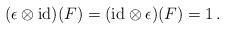
LaTeX: \begin{align*}(\epsilon \otimes{\rm id})(F)=({\rm id}\otimes\epsilon )(F)=1\,.\end{align*}